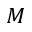
M